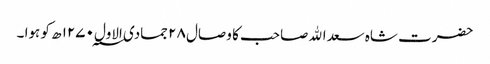
حضرت شاہ سعداﷲ صاحب کا وصال ۲۸ جمادی الاول ۱۲۷۰؁ ھ کو ہوا ۔